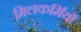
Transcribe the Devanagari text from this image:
मिलकर्मियों